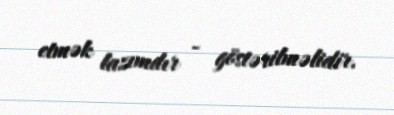
etmək lazımdır - göstərilməlidir.